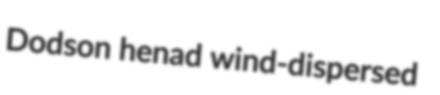
Dodson henad wind-dispersed